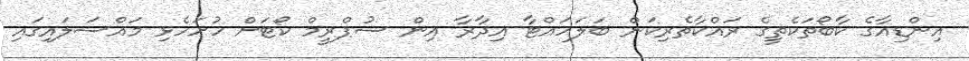
އިންޑިއާގެ ކާބޯތަކެތީގެ ރައްކާތެރިކަން ބަލަހައްޓާ އިދާރާ އިން ސުޕްރީމް ކޯޓަށް ހުށަހެޅި މައްސަލައިގައި